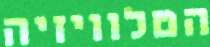
הטלוויזיה